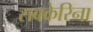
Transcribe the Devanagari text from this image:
सबकेरिना